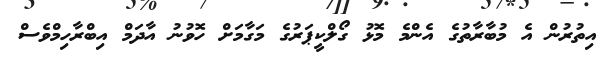
އިތުރުން އެ މުބާރާތުގެ އެންމެ މޮޅު ގޯލްކީޕަރުގެ މަގާމަށް ހޮވުނު އާދަމް އިބްރާހިމްވެސް